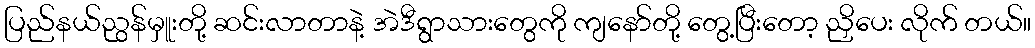
ပြည်နယ်ညွန်မှူးတို့ ဆင်းလာတာနဲ့ အဲဒီရွာသားတွေကို ကျနော်တို့ တွေ့ပြီးတော့ ညှိပေး လိုက် တယ်။